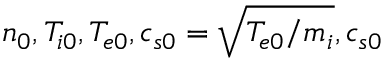
n _ { 0 } , T _ { i 0 } , T _ { e 0 } , c _ { s 0 } = \sqrt { T _ { e 0 } / m _ { i } } , c _ { s 0 }